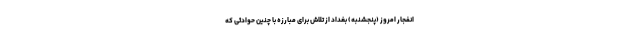
انفجار امروز (پنجشنبه) بغداد از تلاش برای مبارزه با چنین حوادثی که